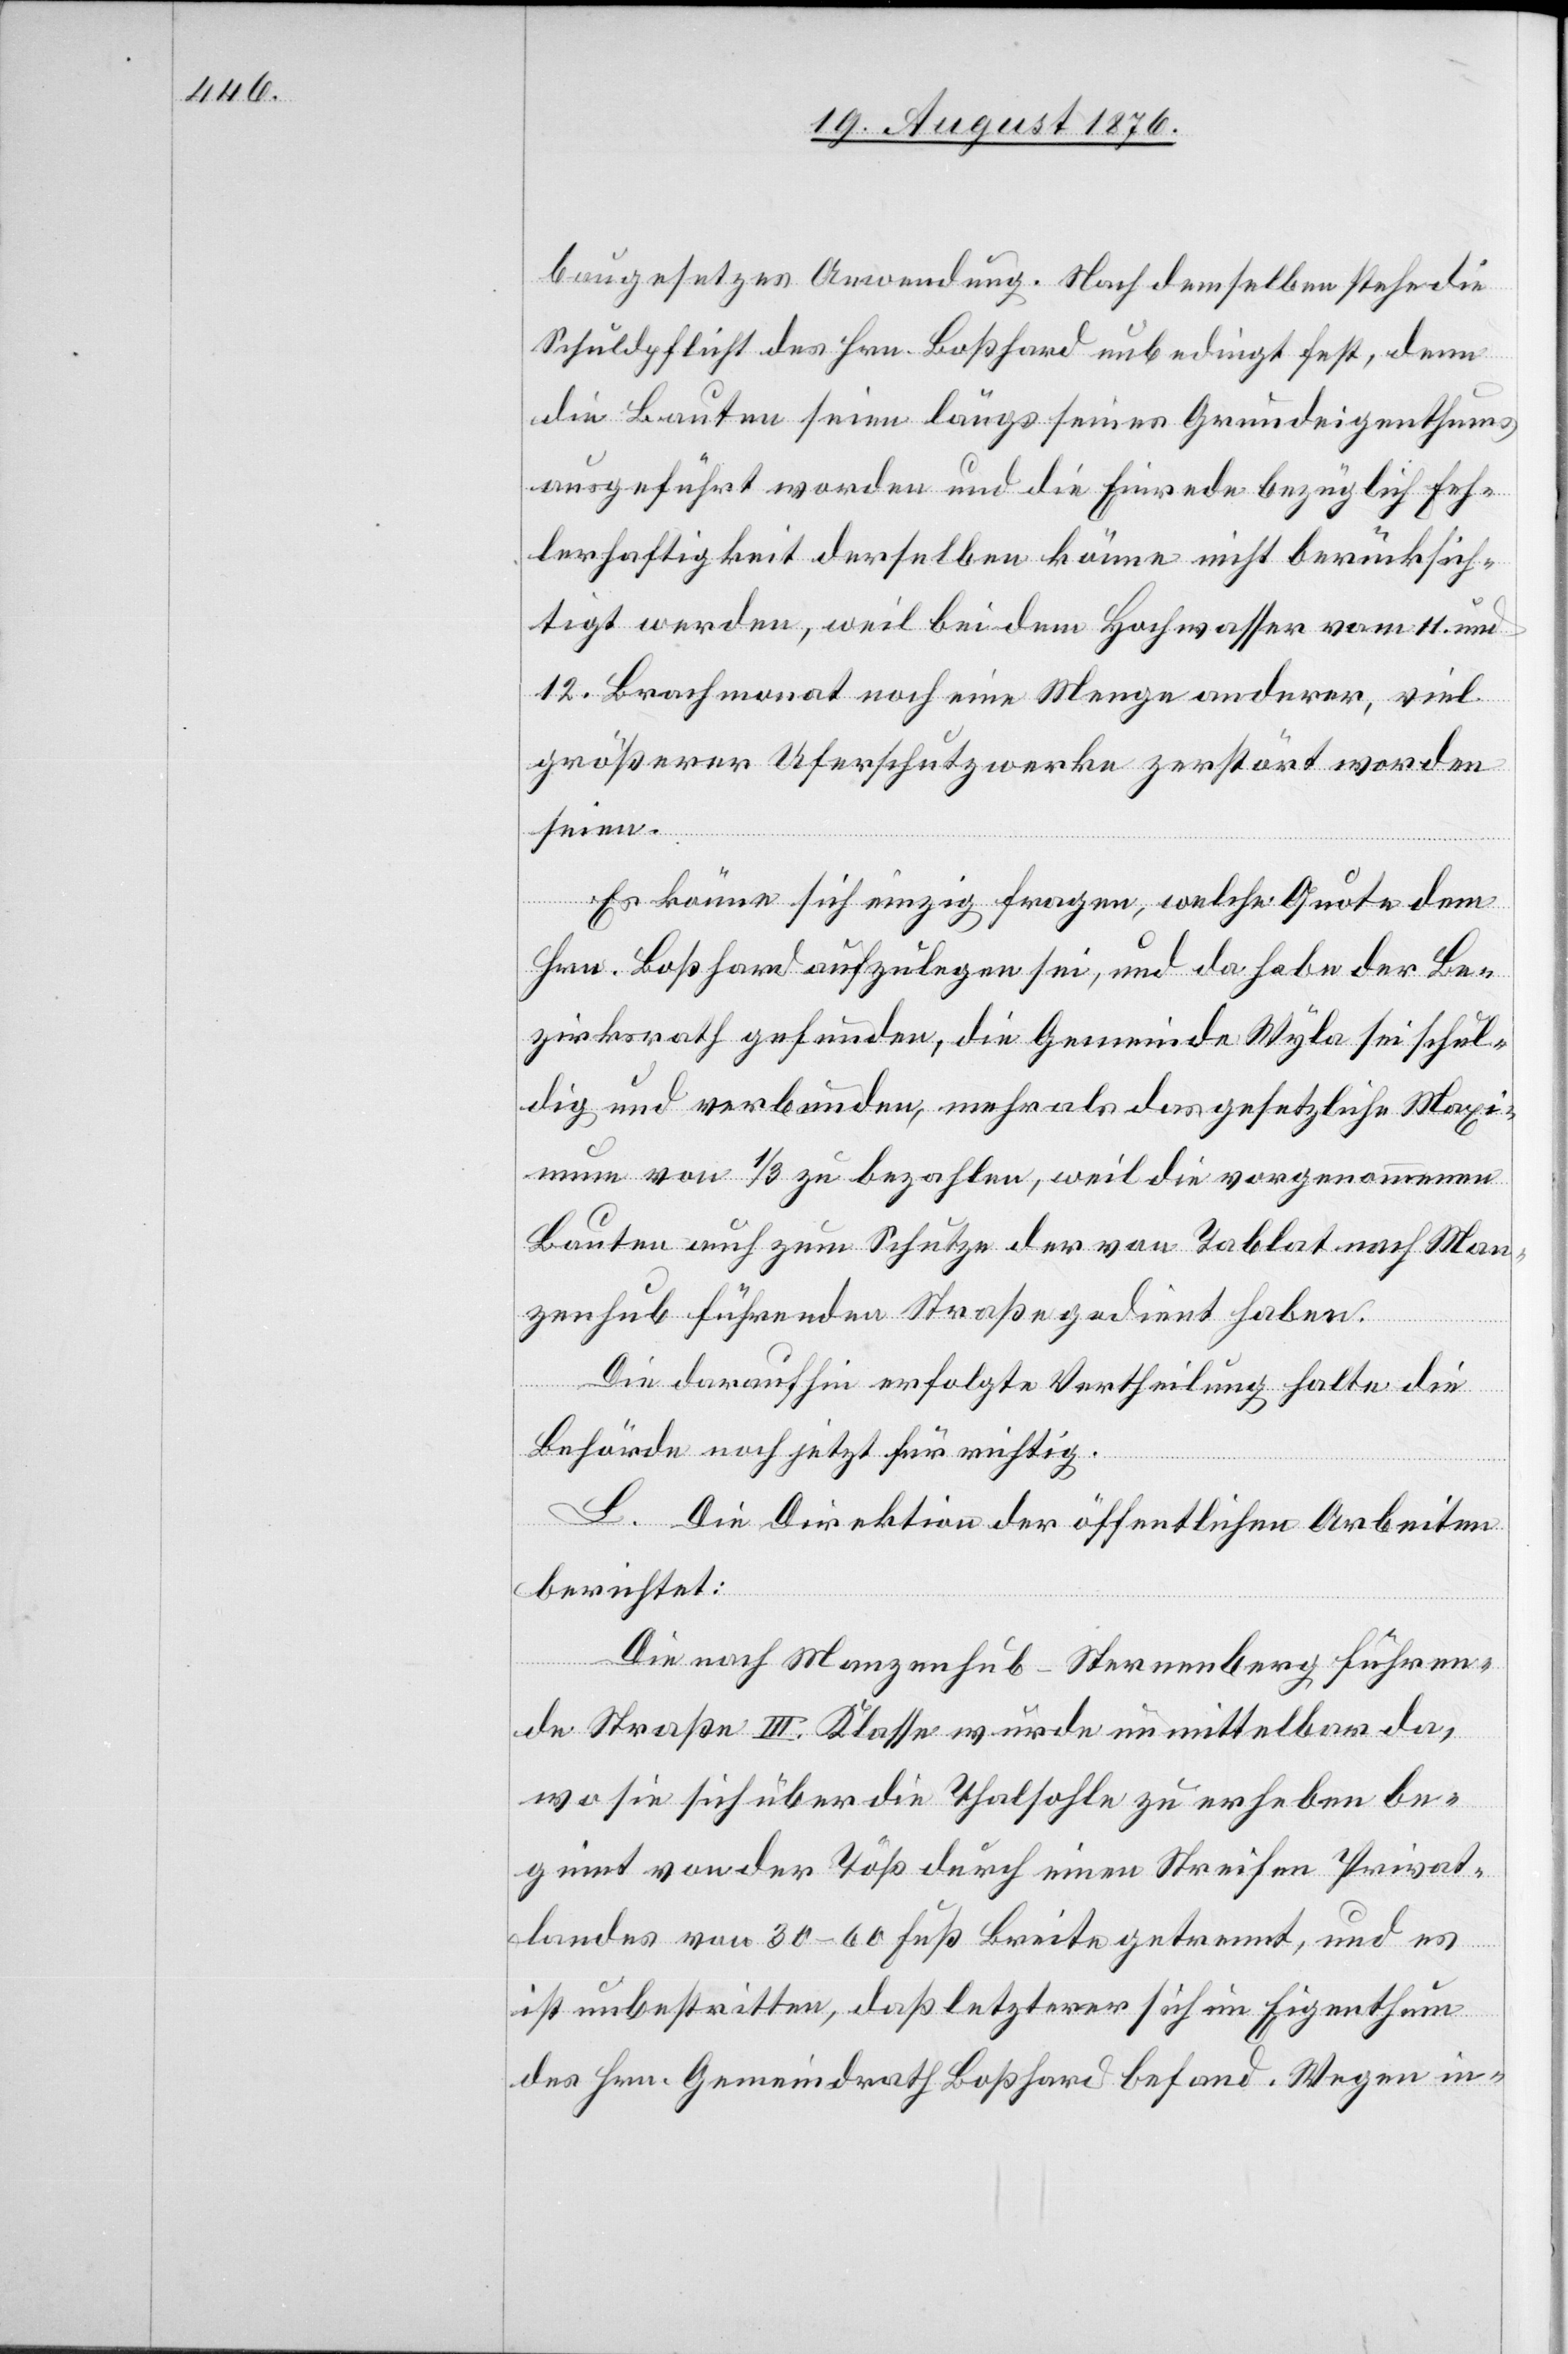
baugesetzes Anwendung. Nach demselben stehe die
Schuldpflicht des Hrn. Boßhard unbedingt fest, denn
die Bauten seien längs seines Grundeigenthums
ausgeführt worden und die Einrede bezüglich Feh¬
lerhaftigkeit derselben könne nicht berücksich¬
tigt werden, weil bei dem Hochwasser vom 11. und
12. Brachmonat noch eine Menge anderer, viel
größerer Uferschutzwerke zerstört worden
seien.
Es könne sich einzig fragen, welche Quote dem
Hrn. Boßhard aufzulegen sei, und da habe der Be¬
zirksrath gefunden, die Gemeinde Wyla sei schul¬
dig und verbunden, mehr als das gesetzliche Maxi¬
mum von 1/3 zu bezahlen, weil die vorgenommenen
Bauten auch zum Schutze der von Tablat nach Man¬
zenhub führenden Straße gedient haben.
Die daraufhin erfolgte Vertheilung halte die
Behörde noch jetzt für richtig.
L. Die Direktion der öffentlichen Arbeiten
berichtet:
Die nach Manzenhub - Sternenberg führen¬
de Straße II. Klasse wurde unmittelbar da,
wo sie sich über die Thalsohle zu erheben be¬
ginnt von der Töß durch einen Streifen Privat¬
landes von 30–60 Fuß Breite getrennt, und es
ist unbestritten, daß letzterer sich im Eigenthum
des Hrn. Gemeindrath Boßhard befand Wegen in-